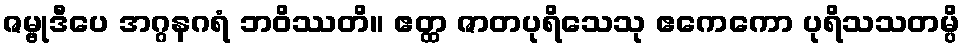
ဇမ္ဗုဒီပေ အဂ္ဂနဂရံ ဘဝိဿတိ။ ဧတ္ထ ဇာတပုရိသေသု ဧကေကော ပုရိသသတမ္ပိ